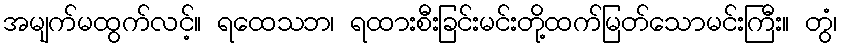
အမျက်မထွက်လင့်။ ရထေသဘ၊ ရထားစီးခြင်းမင်းတို့ထက်မြတ်သောမင်းကြီး။ တွံ၊